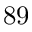
8 9